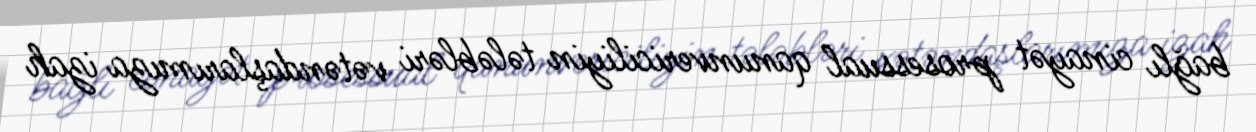
bağlı cinayət prosessual qanunvericiliyin tələbləri vətəndaşlarımıza izah